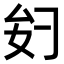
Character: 𫨧